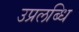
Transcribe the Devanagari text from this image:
उप्रलब्धि